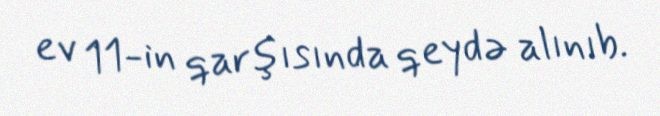
ev 11-in qarşısında qeydə alınıb.